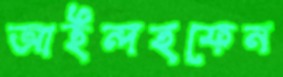
আইন্দহফেন